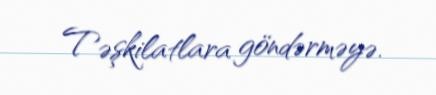
Təşkilatlara göndərməyə.